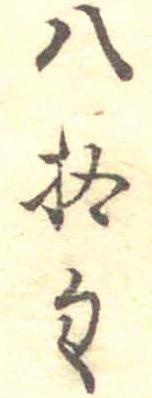
八拾匁